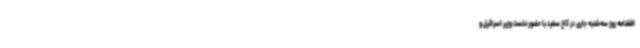
افقنامه روز سه‌شنبه جاری در کاخ سفید با حضور نخست وزیر اسرائیل و